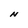
Character: N